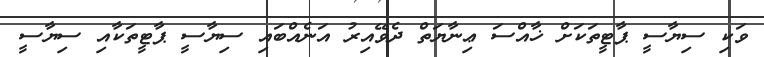
ވަކި ސިޔާސީ ޕާޓީތަކަށް ޚާއްސަ ޢިނާޔަތް ދެވޭއިރު އަނެއްބައި ސިޔާސީ ޕާޓީތަކާއި ސިޔާސީ